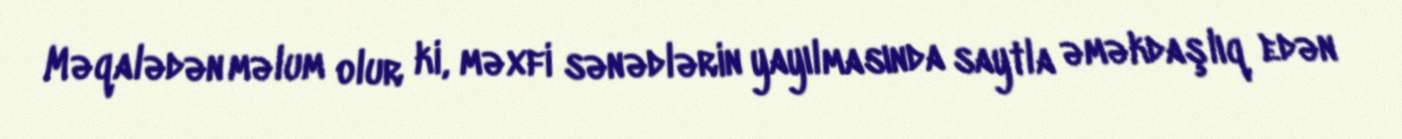
Məqalədən məlum olur ki, məxfi sənədlərin yayılmasında saytla əməkdaşlıq edən